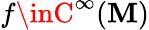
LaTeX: f\inC^{\infty}(\mathbf{M})